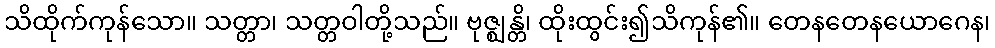
သိထိုက်ကုန်သော။ သတ္တာ၊ သတ္တဝါတို့သည်။ ဗုဇ္ဈန္တိ၊ ထိုးထွင်း၍သိကုန်၏။ တေနတေနယောဂေန၊